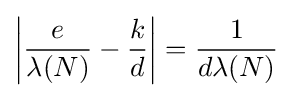
\left|{\frac {e}{\lambda (N)}}-{\frac {k}{d}}\right\vert ={\frac {1}{d\lambda (N)}}